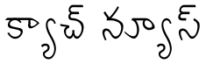
క్యాచ్ న్యూస్